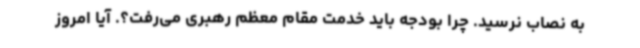
به نصاب نرسید. چرا بودجه باید خدمت مقام معظم رهبری می‌رفت؟. آیا امروز